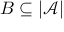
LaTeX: B \subseteq | { \mathcal { A } } |